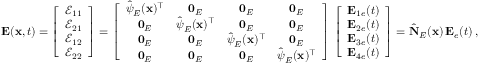
\begin{array} { r } { { \bf E } ( { \bf x } , t ) = \left[ \begin{array} { c } { \mathcal { E } _ { 1 1 } } \\ { \mathcal { E } _ { 2 1 } } \\ { \mathcal { E } _ { 1 2 } } \\ { \mathcal { E } _ { 2 2 } } \end{array} \right] = \left[ \begin{array} { c c c c } { \hat { \boldsymbol { \psi } } _ { E } ( { \bf x } ) ^ { \top } } & { { \bf 0 } _ { E } } & { { \bf 0 } _ { E } } & { { \bf 0 } _ { E } } \\ { { \bf 0 } _ { E } } & { \hat { \boldsymbol { \psi } } _ { E } ( { \bf x } ) ^ { \top } } & { { \bf 0 } _ { E } } & { { \bf 0 } _ { E } } \\ { { \bf 0 } _ { E } } & { { \bf 0 } _ { E } } & { \hat { \boldsymbol { \psi } } _ { E } ( { \bf x } ) ^ { \top } } & { { \bf 0 } _ { E } } \\ { { \bf 0 } _ { E } } & { { \bf 0 } _ { E } } & { { \bf 0 } _ { E } } & { \hat { \boldsymbol { \psi } } _ { E } ( { \bf x } ) ^ { \top } } \end{array} \right] \, \left[ \begin{array} { c } { { \bf E } _ { 1 e } ( t ) } \\ { { \bf E } _ { 2 e } ( t ) } \\ { { \bf E } _ { 3 e } ( t ) } \\ { { \bf E } _ { 4 e } ( t ) } \end{array} \right] = \hat { \bf N } _ { E } ( { \bf x } ) \, { \bf E } _ { e } ( t ) \, , } \end{array}